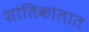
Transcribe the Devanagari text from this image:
शांतिकालात